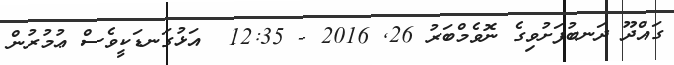
ގައްދޫ ދަނބުފަށުވިގެ ނޮވެމްބަރު 26